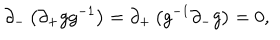
\partial _ { - } \left( \partial _ { + } g g ^ { - 1 } \right) = \partial _ { + } \left( g ^ { - 1 } \partial _ { - } g \right) = 0 ,